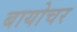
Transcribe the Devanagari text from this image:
बायोचर